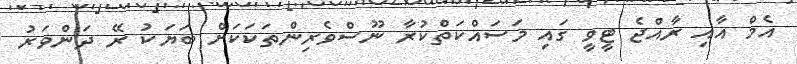
އެމް އާއި ރާއްޖެ ޓީވީ ގައި މަސައްކަތްކުރާ ނޫސްވެރިންތަކަކަށް ބަޔަކު ރޭ ދަންވަރު